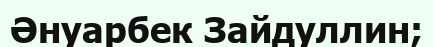
Әнуарбек Зайдуллин;